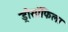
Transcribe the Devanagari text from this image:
ड्रोसॉफिला